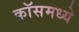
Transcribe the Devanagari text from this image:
क्रॉसमध्ये